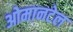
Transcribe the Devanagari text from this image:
ओमानटेल